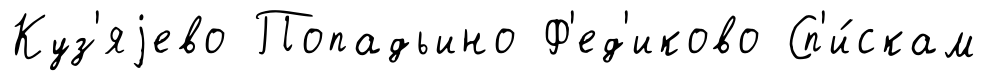
Куз'яjево Попадьино Ф'ед'иково Сп'и́скам